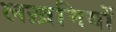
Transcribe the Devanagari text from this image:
लख़मियों